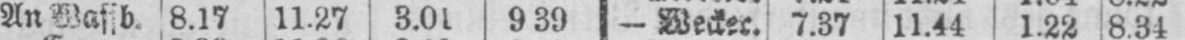
An Wassb. 8.17 11.27 3.01 9.39 - Wecker. 7.37 11.44 1.22 8.34